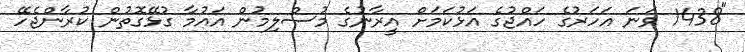
"1438 ވަނަ އަހަރުގެ ހައްޖުގެ އަޅުކަމަށް އީރާނުގެ މުސްލިމުން އައުމާ ގުޅޭގޮތުން ކުރާންޖެހޭ